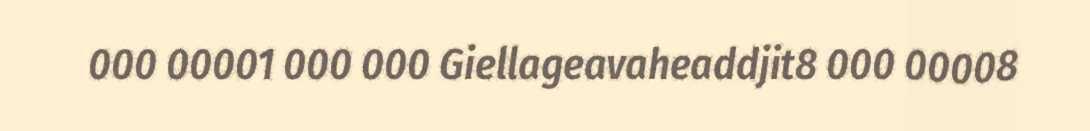
000 00001 000 000 Giellageavaheaddjit8 000 00008